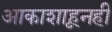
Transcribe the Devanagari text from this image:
आकाशाहूनही